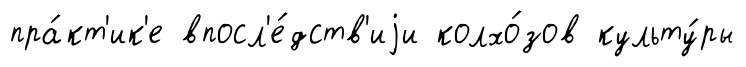
пра́кт'ик'е впосл'е́дств'иjи колхо́зов культу́ры